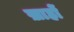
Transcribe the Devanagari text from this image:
ख़ाहों